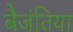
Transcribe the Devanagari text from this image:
बैजंतिया